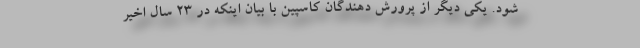
شود. یکی دیگر از پرورش دهندگان کاسپین با بیان اینکه در ۲۳ سال اخیر